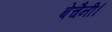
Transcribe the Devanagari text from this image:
बेचैनी।